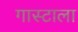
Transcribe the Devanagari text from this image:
गास्टाला